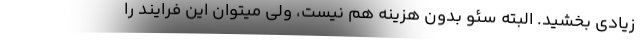
زیادی بخشید. البته سئو بدون هزینه هم نیست، ولی میتوان این فرایند را